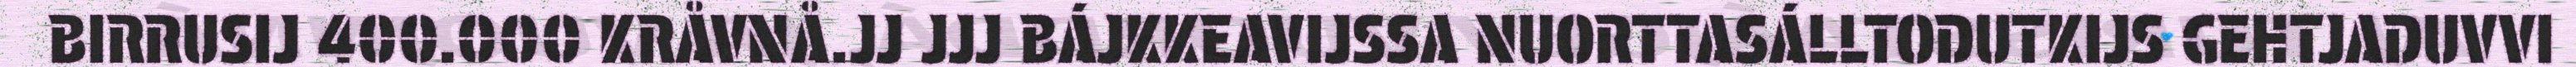
BIRRUSIJ 400.000 KRÅVNÅ.JJ JJJ BÁJKKEAVIJSSA NUORTTASÁLLTODUTKIJS GEHTJADUVVI